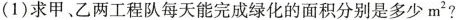
(1) 求甲、乙两工程队每天能完成绿化的面积分别是多少m^{2}?